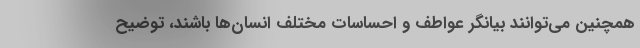
همچنین می‌توانند بیانگر عواطف و احساسات مختلف انسان‌ها باشند، توضیح